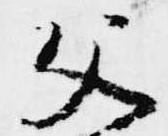
父